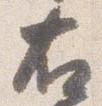
右